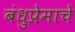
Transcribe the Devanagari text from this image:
बंधुप्रेमाचे